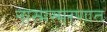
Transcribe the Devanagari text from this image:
नास्मस्मरणात